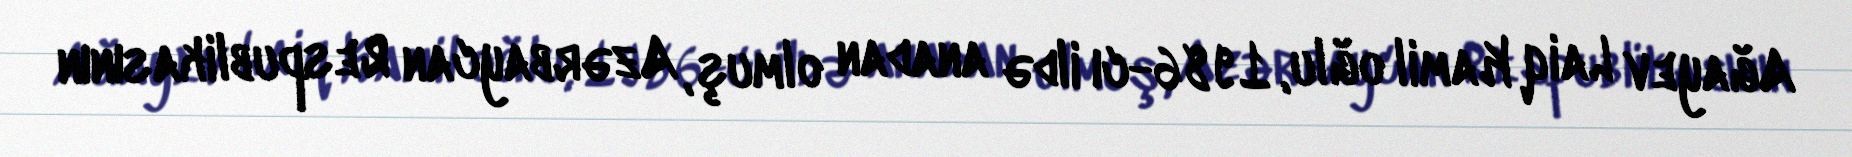
Ağayev Laiq Kamil oğlu, 1986-cı ildə anadan olmuş, Azərbaycan Respublikasının